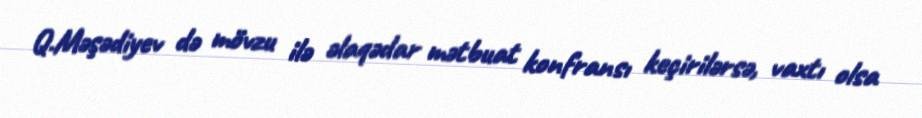
Q.Məşədiyev də mövzu ilə əlaqədar mətbuat konfransı keçirilərsə, vaxtı olsa